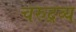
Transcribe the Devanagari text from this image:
चरुद्रव्य